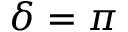
\delta = \pi